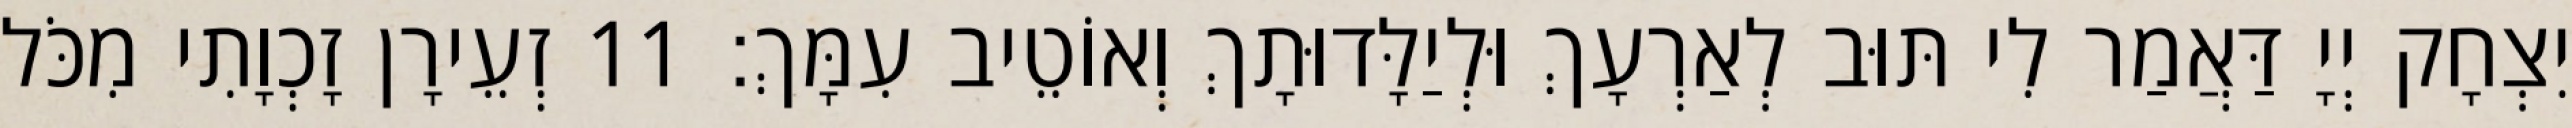
יִצְחָק יְיָ דַּאֲמַר לִי תּוּב לְאַרְעָךְ וּלְיַלָּדוּתָךְ וְאוֹטֵיב עִמָּךְ׃ 11 זְעֵירָן זָכְוָתִי מִכֹּל